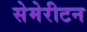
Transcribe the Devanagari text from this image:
सेमेरीटन